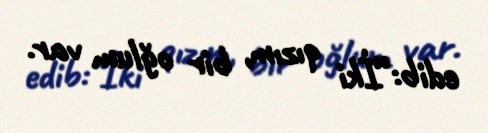
edib:“İki qızım, bir oğlum var.